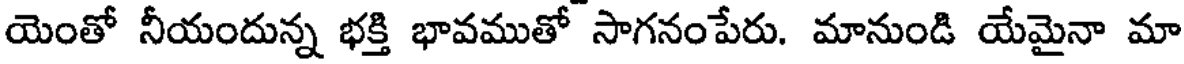
యెంతో నీయందున్న భక్తి భావముతో సాగనంపేరు. మానుండి యేమైనా మా